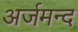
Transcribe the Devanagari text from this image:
अर्जमन्द